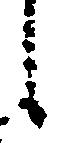
し